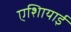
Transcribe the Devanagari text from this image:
एशिायाई